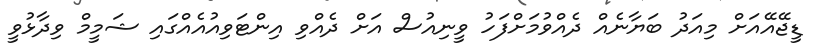
ޑީޖޭއޭއަށް މިއަދު ބަޔާނެއް ދެއްވުމަށްފަހު ވީނިއުސް އަށް ދެއްވި އިންޓަވިއުއެއްގައި ޝަމީމް ވިދާޅުވީ